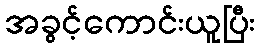
အခွင့်ကောင်းယူပြီး